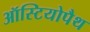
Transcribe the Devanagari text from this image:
ऑस्टियोपैथ